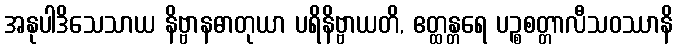
အနုပါဒိသေသာယ နိဗ္ဗာနဓာတုယာ ပရိနိဗ္ဗာယတိ, ဧတ္ထန္တရေ ပဉ္စစတ္တာလီသဝဿာနိ